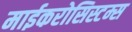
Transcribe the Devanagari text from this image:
माईकरोसिस्टम्स